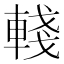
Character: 輚